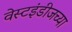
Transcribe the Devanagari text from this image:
वेस्टइंडीजच्या